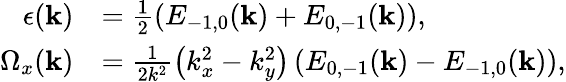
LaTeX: \begin{array}{rl}{\epsilon(\mathbf{k})}&{=\frac{1}{2}(E_{-1,0}(\mathbf{k})+E_{0,-1}(\mathbf{k})),}\\ {\Omega_{x}(\mathbf{k})}&{=\frac{1}{2k^{2}}\left(k_{x}^{2}-k_{y}^{2}\right)\left(E_{0,-1}(\mathbf{k})-E_{-1,0}(\mathbf{k})\right),}\end{array}